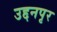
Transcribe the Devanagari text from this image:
उद्दनपृर